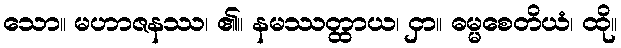
သော။ မဟာဇနဿ၊ ၏။ နမဿတ္ထာယ၊ ငှာ။ ဓမ္မစေတိယံ၊ ထို။